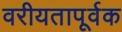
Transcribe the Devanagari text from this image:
वरीयतापूर्वक